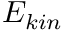
E _ { k i n }